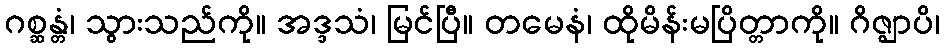
ဂစ္ဆန္တံ၊ သွားသည်ကို။ အဒ္ဒသံ၊ မြင်ပြီ။ တမေနံ၊ ထိုမိန်းမပြိတ္တာကို။ ဂိဇ္ဈာပိ၊